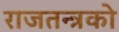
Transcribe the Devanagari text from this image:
राजतन्त्रको